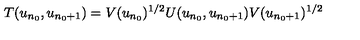
T ( u _ { n _ { 0 } } , u _ { n _ { 0 } + 1 } ) = V ( u _ { n _ { 0 } } ) ^ { 1 / 2 } U ( u _ { n _ { 0 } } , u _ { n _ { 0 } + 1 } ) V ( u _ { n _ { 0 } + 1 } ) ^ { 1 / 2 }